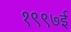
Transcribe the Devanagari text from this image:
१९९७ई